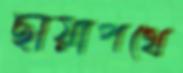
ছায়াপথে